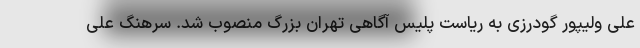
علی ولیپور گودرزی به ریاست پلیس آگاهی تهران بزرگ منصوب شد. سرهنگ علی